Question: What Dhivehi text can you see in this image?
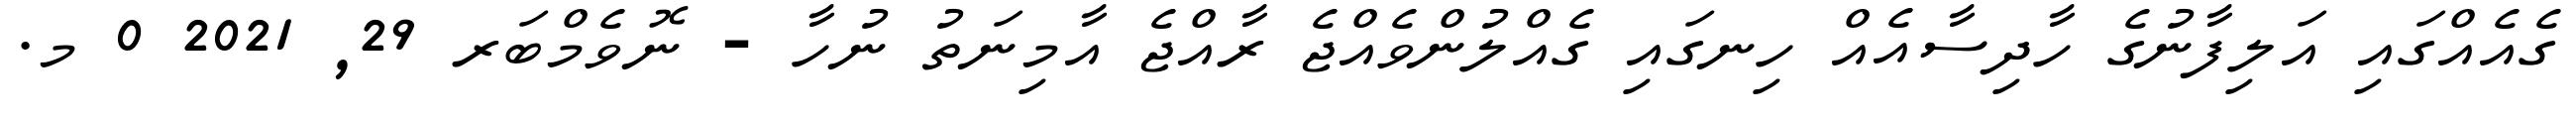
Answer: ގެއެއްގައި އަލިފާނުގެ ހާދިސާއެއް ހިނގައި ގެއްލުންވެއްޖެ ރާއްޖެ އާމިނަތު ނުހާ - ނޮވެމްބަރ 29, 2021 0 މ.